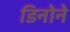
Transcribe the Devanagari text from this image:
डिनोने